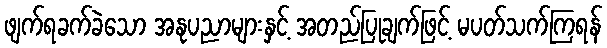
ဖျက်ရခက်ခဲသော အနုပညာများနှင့် အတည်ပြုချက်ဖြင့် မပတ်သက်ကြရန်